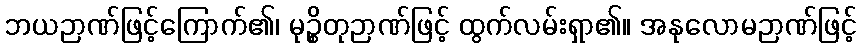
ဘယဉာဏ်ဖြင့်ကြောက်၏၊ မုဉ္စိတုဉာဏ်ဖြင့် ထွက်လမ်းရှာ၏။ အနုလောမဉာဏ်ဖြင့်